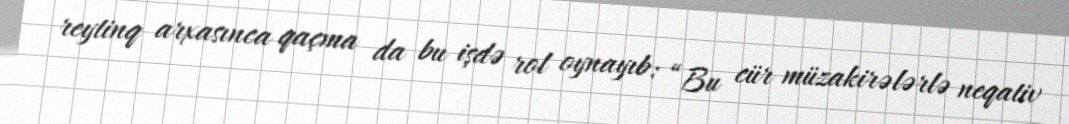
reytinq arxasınca qaçma da bu işdə rol oynayıb: “Bu cür müzakirələrlə neqativ